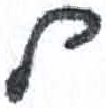
אות: ל